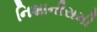
નિશાનીસમી